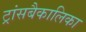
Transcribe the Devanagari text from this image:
ट्रांसबैकालिका